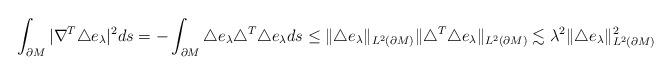
LaTeX: \begin{align*}\int_{\partial M}|\nabla^T\triangle e_\lambda|^2ds&=-\int_{\partial M} \triangle e_\lambda \triangle^T \triangle e_\lambda ds\leq\|\triangle e_\lambda\|_{L^2(\partial M)}\|\triangle^T\triangle e_\lambda\|_{L^2(\partial M)}\lesssim\lambda^2\|\triangle e_\lambda\|_{L^2(\partial M)}^2\\\end{align*}